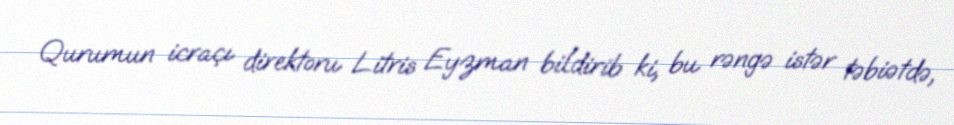
Qurumun icraçı direktoru Litris Eyzman bildirib ki, bu rəngə istər təbiətdə,